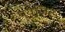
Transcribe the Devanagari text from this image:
प्यूजिट